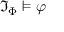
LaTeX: { \mathfrak { I } } _ { \Phi } \vDash \varphi